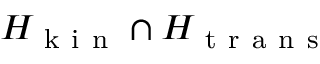
H _ { \mathrm { ~ k ~ i ~ n ~ } } \cap H _ { \mathrm { ~ t ~ r ~ a ~ n ~ s ~ } }